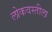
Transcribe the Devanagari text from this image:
लोकवस्तीला